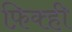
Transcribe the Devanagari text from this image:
फ़िक्ही